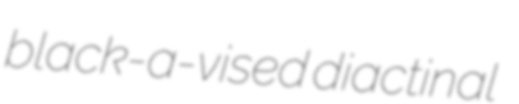
black-a-vised diactinal